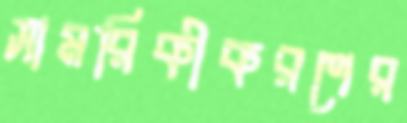
সামরিকীকরণের